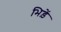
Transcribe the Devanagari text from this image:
भिड़ें